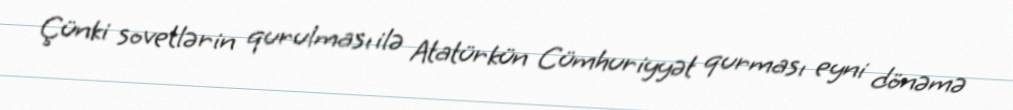
Çünki sovetlərin qurulması ilə Atatürkün Cümhuriyyət qurması eyni dönəmə